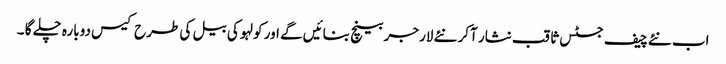
اب نئے چیف جسٹس ثاقب نثار آکر نئے لارجر بینچ بنائیں گے اور کولہو کی بیل کی طرح کیس دوبارہ چلے گا ۔